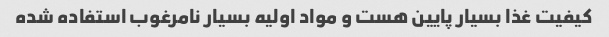
کیفیت غذا بسیار پایین هست و مواد اولیه بسیار نامرغوب استفاده شده